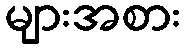
များအစား